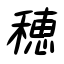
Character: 穂